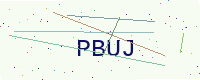
Text: PBUJ